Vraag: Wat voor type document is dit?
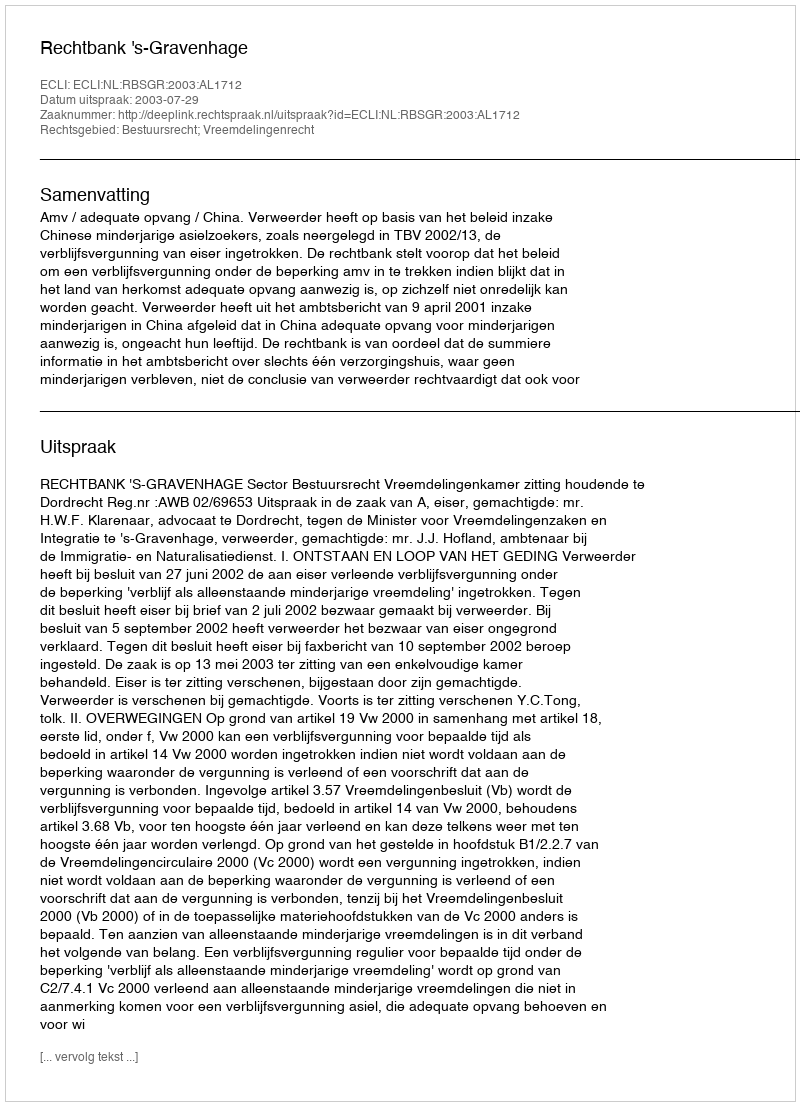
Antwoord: Uitspraak